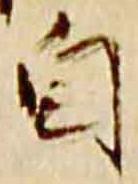
自